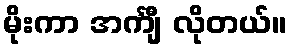
မိုးကာ အင်္ကျီ လိုတယ်။